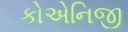
કોએનિજી